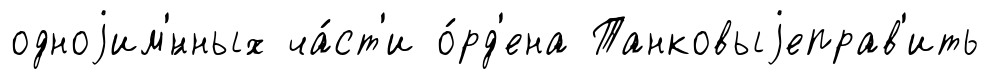
одноjим'́нных ча́ст'и о́рд'ена Танковыjеправ'ить